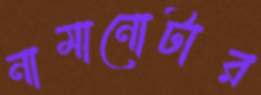
নামানোটার